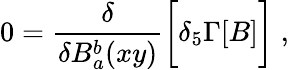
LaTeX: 0={\frac{\delta}{\delta B_{a}^{b}(xy)}}\bigg[\delta_{5}\Gamma[B]\bigg]\; ,